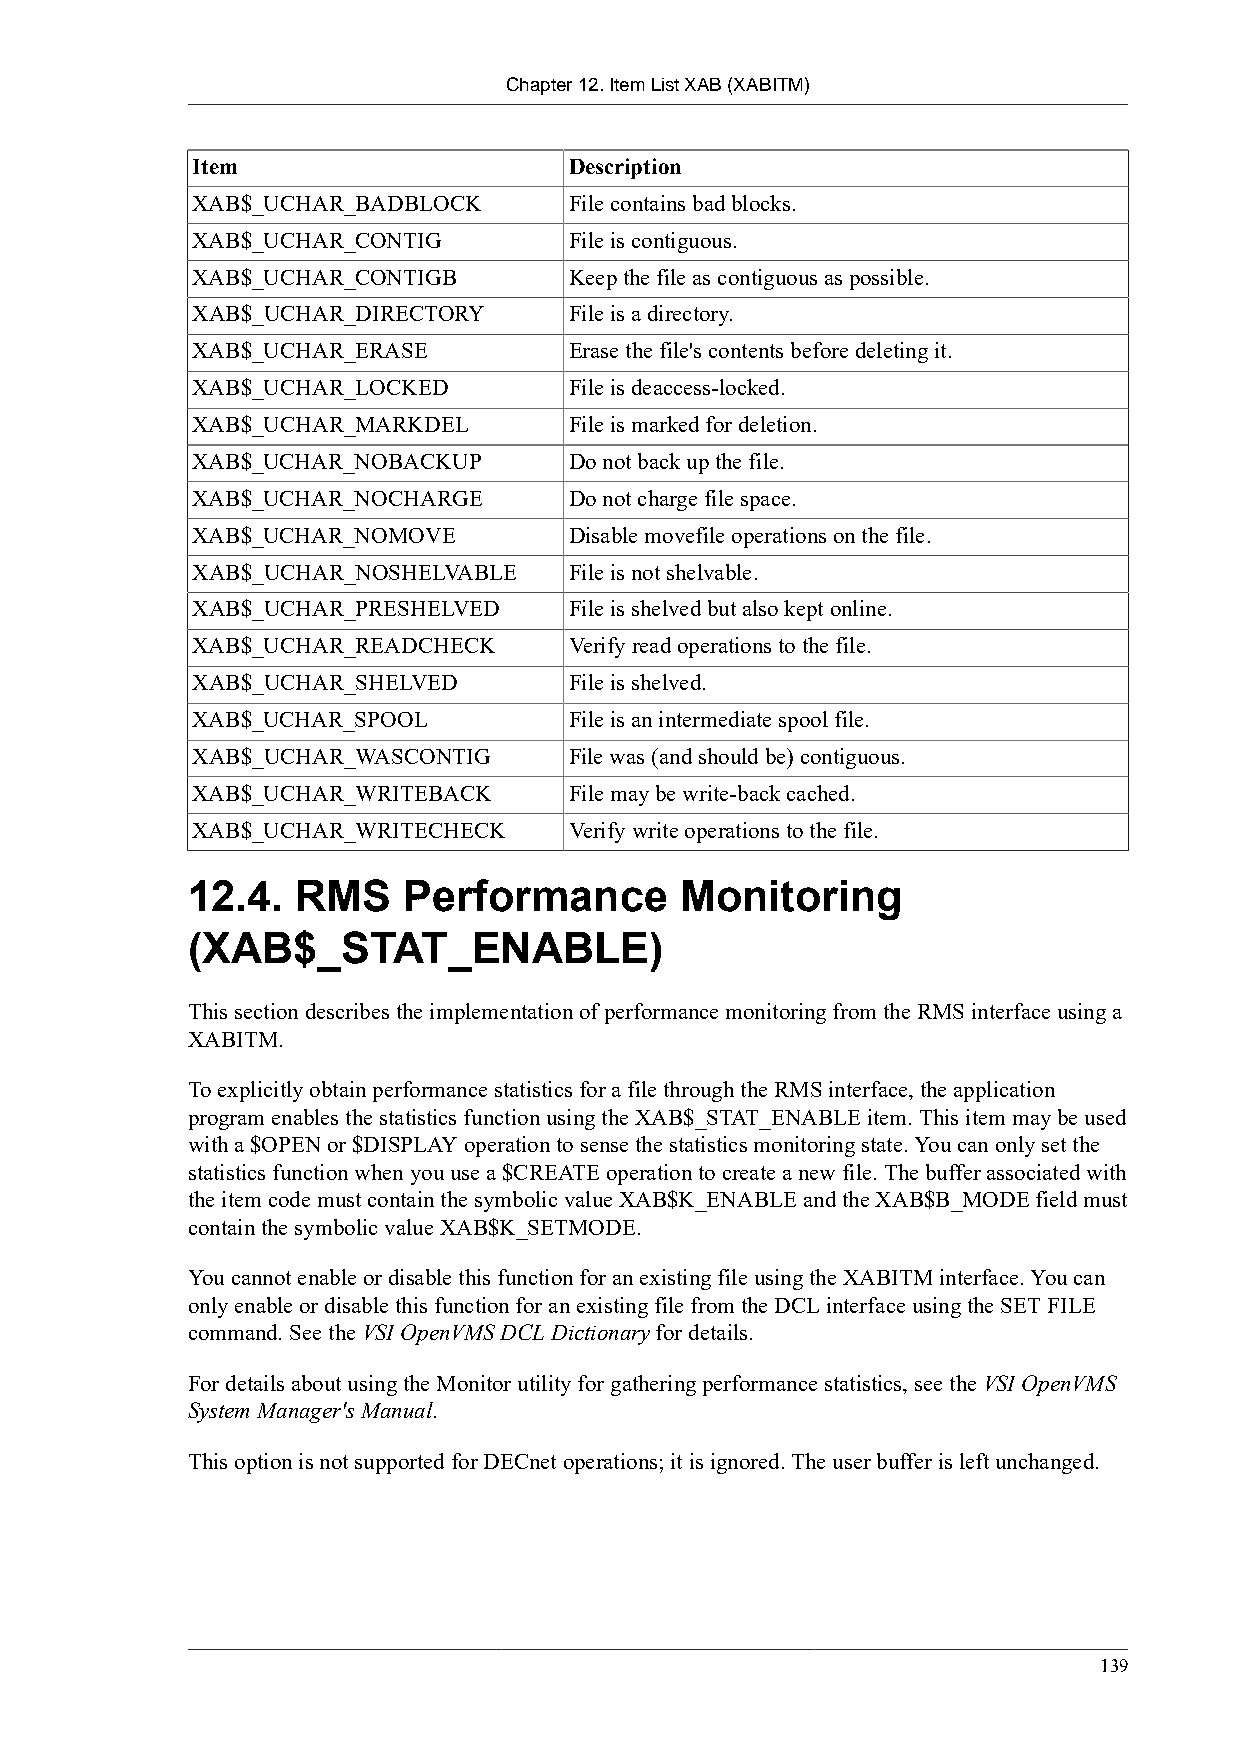
Chapter 12. Item List XAB (XABITM)
 Item                     Description
 XAB$_UCHAR_BADBLOCK      File contains bad blocks.
 XAB$_UCHAR_CONTIG        File is contiguous.
 XAB$_UCHAR_CONTIGB       Keep the file as contiguous as possible.
 XAB$_UCHAR_DIRECTORY     File is a directory.
 XAB$_UCHAR_ERASE         Erase the file's contents before deleting it.
 XAB$_UCHAR_LOCKED        File is deaccess-locked.
 XAB$_UCHAR_MARKDEL       File is marked for deletion.
 XAB$_UCHAR_NOBACKUP      Do not back up the file.
 XAB$_UCHAR_NOCHARGE      Do not charge file space.
 XAB$_UCHAR_NOMOVE        Disable movefile operations on the file.
 XAB$_UCHAR_NOSHELVABLE   File is not shelvable.
 XAB$_UCHAR_PRESHELVED    File is shelved but also kept online.
 XAB$_UCHAR_READCHECK     Verify read operations to the file.
 XAB$_UCHAR_SHELVED       File is shelved.
 XAB$_UCHAR_SPOOL         File is an intermediate spool file.
 XAB$_UCHAR_WASCONTIG     File was (and should be) contiguous.
 XAB$_UCHAR_WRITEBACK     File may be write-back cached.
 XAB$_UCHAR_WRITECHECK    Verify write operations to the file.
 12.4.   RMS    Performance       Monitoring
 (XAB$_STAT_ENABLE)
 This section describes the implementation of performance monitoring from the RMS interface using a
 XABITM.
 To explicitly obtain performance statistics for a file through the RMS interface, the application
 program enables the statistics function using the XAB$_STAT_ENABLE item. This item may be used
 with a $OPEN or $DISPLAY operation to sense the statistics monitoring state. You can only set the
 statistics function when you use a $CREATE operation to create a new file. The buffer associated with
 the item code must contain the symbolic value XAB$K_ENABLE and the XAB$B_MODE field must
 contain the symbolic value XAB$K_SETMODE.
 You cannot enable or disable this function for an existing file using the XABITM interface. You can
 only enable or disable this function for an existing file from the DCL interface using the SET FILE
 command. See the VSI OpenVMS DCL Dictionary for details.
 For details about using the Monitor utility for gathering performance statistics, see the VSI OpenVMS
 System Manager's Manual.
 This option is not supported for DECnet operations; it is ignored. The user buffer is left unchanged.
 139